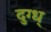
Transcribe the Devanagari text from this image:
दुग्ध्